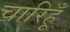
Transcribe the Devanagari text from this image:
चारिहूँ